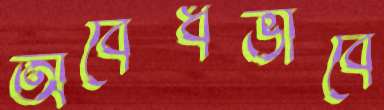
অবৈধভাবে